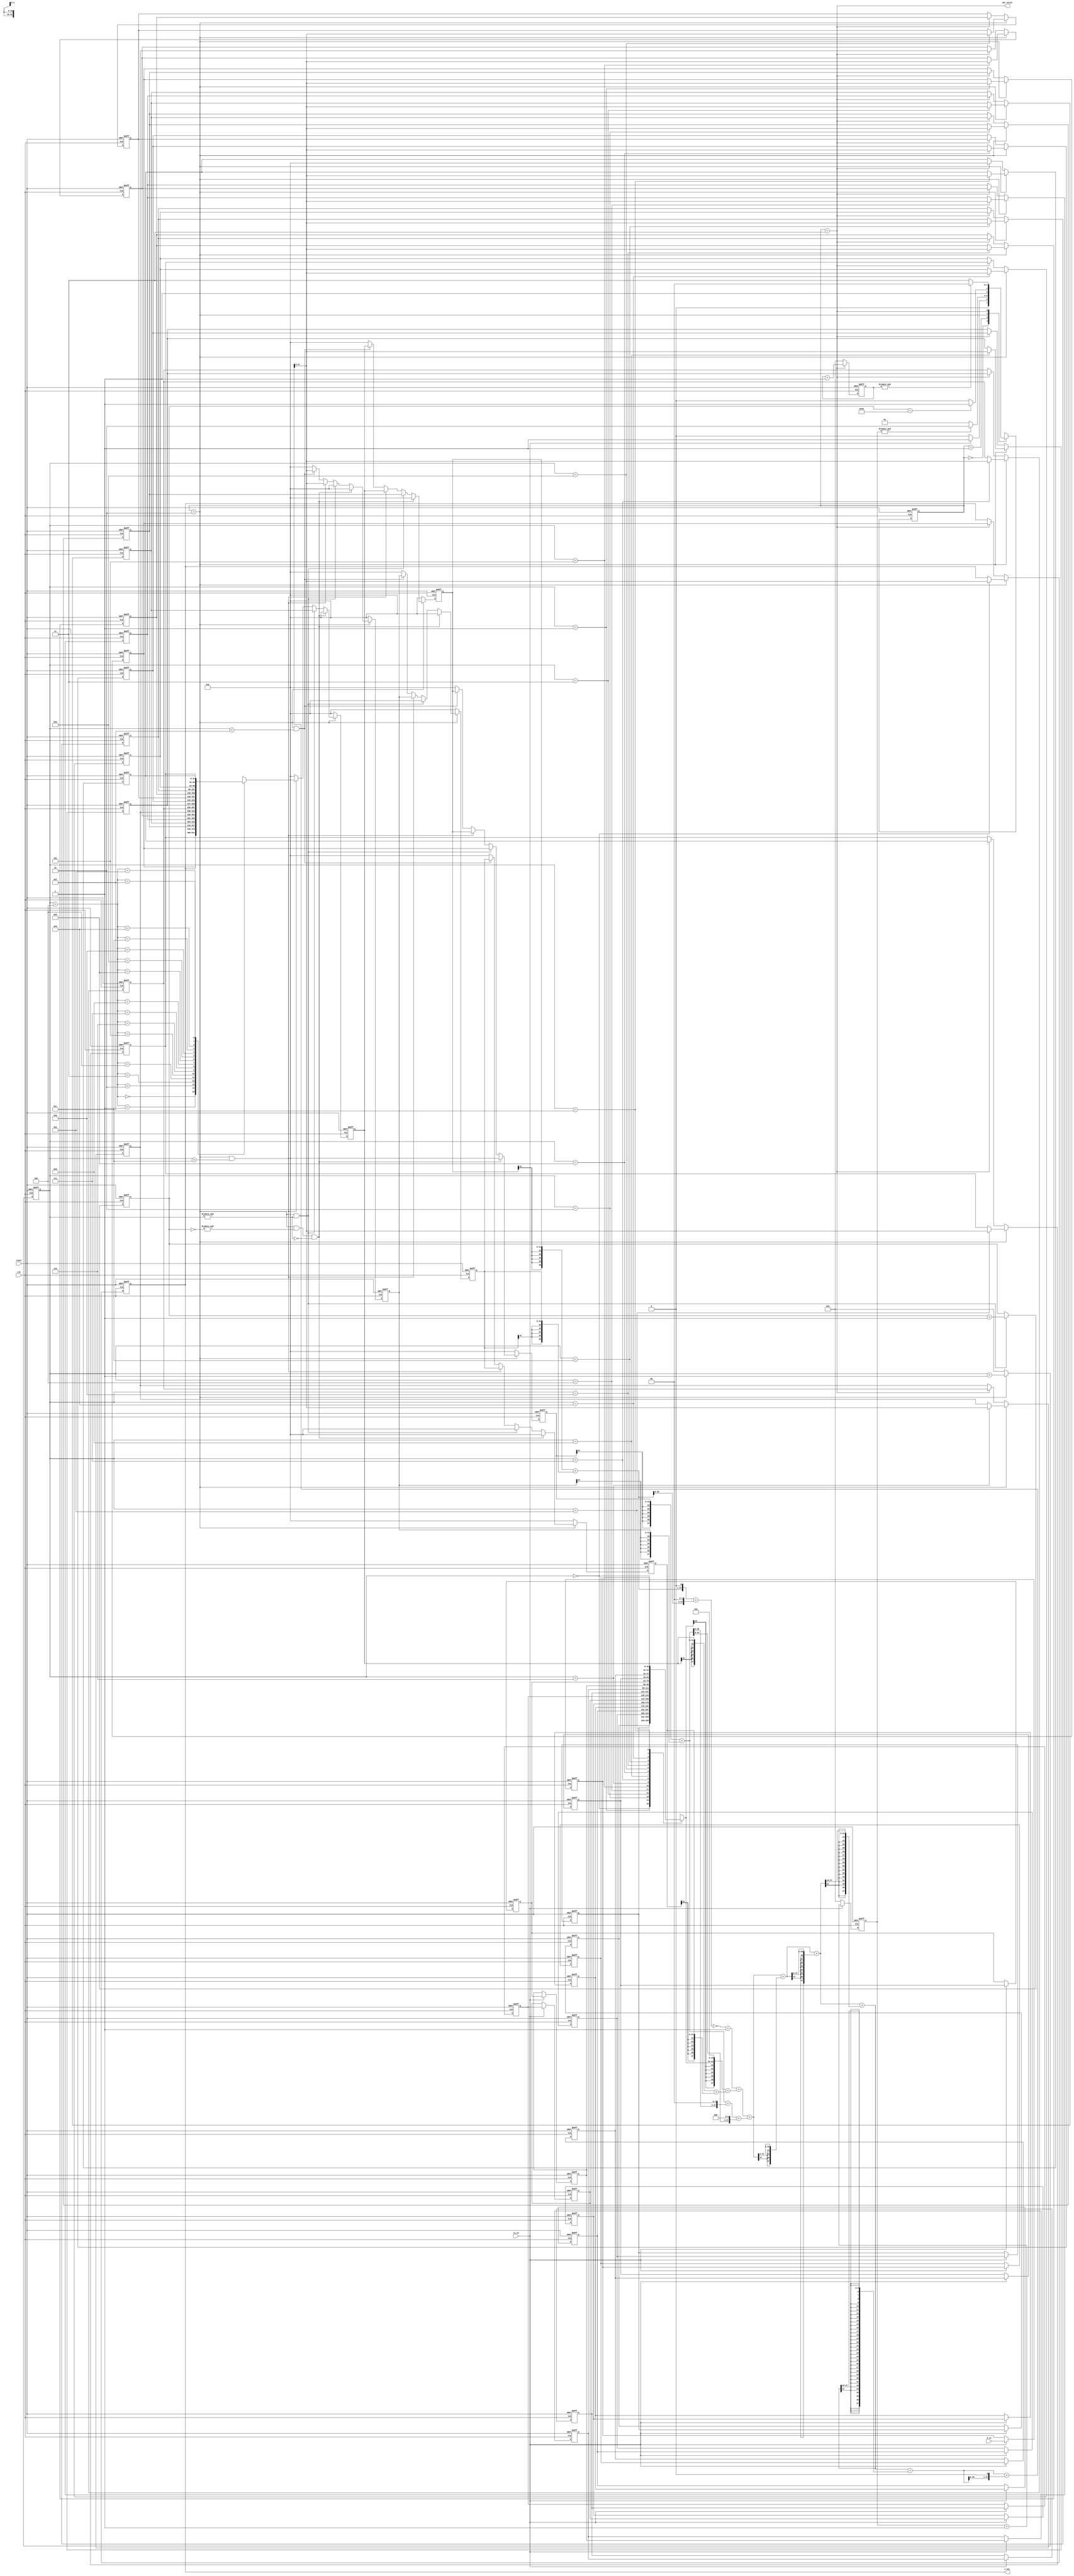
`timescale 1ns/10ps
module GSIM ( clk, reset, in_en, b_in, out_valid, x_out);
    input   clk ;
    input   reset ;
    input   in_en;
    output  out_valid;
    input   [15:0]  b_in;
    output  [31:0]  x_out;
    
    // state parameters
    parameter IDLE = 0;
    parameter GET_B = 1;
    parameter CALC = 2;
    parameter OUT = 3;

    // wires and regs
    reg [1:0] state_r,state_w;
    reg [15:0] matrix_b [0:15];
    reg [15:0] matrix_b_w [0:15];
    reg [31:0] matrix_x[0:15];
    reg [31:0] matrix_x_w[0:15];
    
    reg [3:0] count_CALC_r,count_CALC_w;
    reg [6:0] count_iter_r,count_iter_w;
    reg [3:0] count_OUT_r,count_OUT_w;
    reg [3:0] count_GET_B_r,count_GET_B_w;
    
    reg  check_GETB,check_CALC,check_iter;

    wire [31:0] x_iter [0:5];
    reg [31:0] x0[0:5];
    reg [31:0] x0_w[0:5];
    reg [37:0] temp1[0:2],temp2[0:2],temp3[0:1],temp4,temp5,temp5a,temp5b,temp6,temp6a,temp6b,temp7,temp7a,temp7b,temp8,temp8a,temp8b,temp9,temp9a,temp9b;
    reg [31:0] temp10;

    //state transition
    always@ (*) begin
        case(state_r)
            IDLE: state_w = (in_en) ? GET_B : IDLE;
            GET_B: state_w = (&count_GET_B_r) ? CALC : GET_B;
            CALC: state_w = (count_iter_r==7'd72) ? OUT : CALC;
            OUT:  state_w = (&count_OUT_r) ? IDLE : OUT;
        endcase
    end
    
    //counters
    always@ (*) begin
        check_GETB = (state_r==GET_B);
        check_CALC = (state_r==CALC);

        count_GET_B_w = (in_en) ? (count_GET_B_r+1'b1) : 0;
        count_CALC_w = (check_CALC) ? (count_CALC_r + 1'b1) : 0;
        count_iter_w = (check_CALC && (&count_CALC_r)) ? (count_iter_r + 1'b1) : count_iter_r;
        count_OUT_w = (state_r==OUT) ? (count_OUT_r + 1'b1) : 0;
    end

    //get matrix b
    integer k;
    always@ (*) begin
        if (in_en) begin
            for (k=1; k<16; k=k+1) begin
                matrix_b_w[k-1] = matrix_b[k];
            end
            matrix_b_w[15] = b_in;
        end
        else begin
            for (k=0;k<16;k=k+1) matrix_b_w[k] = matrix_b[k];
        end
    end
    
    reg [31:0] x_temp[0:5];

    always @(*) begin
        if (check_CALC && &(~count_iter_r) && ~(&count_CALC_r)) begin
            x_temp[0] = 0;
            x_temp[1] = 0;
            x_temp[2] = 0;
            x_temp[3] = 0;
            x_temp[4] = 0;
            x_temp[5] = 0;
        end
        else if (check_CALC && (&count_CALC_r)) begin
            x_temp[0] = matrix_x[3];
            x_temp[1] = matrix_x[2];
            x_temp[2] = matrix_x[1];
            x_temp[3] = 0;
            x_temp[4] = 0;
            x_temp[5] = 0;
        end
        else if(check_CALC && count_CALC_r<12) begin
            x_temp[0] = matrix_x[count_CALC_r+4];
            x_temp[1] = x0[0];
            x_temp[2] = x0[1];
            x_temp[3] = temp10;
            x_temp[4] = x0[3];
            x_temp[5] = x0[4];
        end
        else if(check_CALC && count_CALC_r<15) begin
            x_temp[0] = 0;
            x_temp[1] = x0[0];
            x_temp[2] = x0[1];
            x_temp[3] = temp10;
            x_temp[4] = x0[3];
            x_temp[5] = x0[4];
        end
        else begin
            x_temp[0] = 0;
            x_temp[1] = 0;
            x_temp[2] = 0;
            x_temp[3] = 0;
            x_temp[4] = 0;
            x_temp[5] = 0;
        end
    end

    //iteration 
    integer q;
    always@ (*) begin
        if(check_CALC) begin
            x0_w[0] = x_temp[0];
            x0_w[1] = x_temp[1];
            x0_w[2] = x_temp[2];
            x0_w[3] = x_temp[3];
            x0_w[4] = x_temp[4];
            x0_w[5] = x_temp[5];
        end         
        else begin
            for(q=0;q<6;q=q+1) begin
                x0_w[q] = 0;
            end
        end
    end

    assign x_iter[0] = x0[0];
    assign x_iter[1] = x0[5];
    assign x_iter[2] = x0[1];
    assign x_iter[3] = x0[4];
    assign x_iter[4] = x0[2];
    assign x_iter[5] = x0[3];

    always@ (*) begin
        temp1[0] = ({{6{x_iter[0][31]}},x_iter[0]}) + ({{6{x_iter[1][31]}},x_iter[1]});
        temp1[1] = ({{6{x_iter[2][31]}},x_iter[2]}) + ({{6{x_iter[3][31]}},x_iter[3]});
        temp1[2] = ({{6{x_iter[4][31]}},x_iter[4]}) + ({{6{x_iter[5][31]}},x_iter[5]});
        temp2[0] = (({{6{matrix_b[count_CALC_r][15]}},matrix_b[count_CALC_r],16'b0}) + temp1[0]);
        temp2[1] = (temp1[1]<<1) + (temp1[1]<<2);
        temp2[2] = temp1[2] + (temp1[2]<<2);
        temp3[0] = ~temp2[1] + 1'b1 + temp2[0];
        temp3[1] = temp2[2] + (temp1[2]<<3);
        temp4 = temp3[0] + temp3[1];
        temp5a = temp4;
        temp5b = ($signed(temp4)>>>4);
        temp5 = temp5a + temp5b;
        temp6a = temp5;
        temp6b = ($signed(temp5)>>>8);
        temp6 = temp6a + temp6b;
        temp7a = temp6;
        temp7b = ($signed(temp6)>>>16);
        temp7 = temp7a + temp7b;
        temp8a = temp7;
        temp8b = ($signed(temp7)>>>32);
        temp8 = temp8a + temp8b;
        temp9a = temp8;
        temp9b = temp8 << 1;
        temp9 = temp9a + temp9b;
        temp10 = temp9[37:6];
    end

    integer p;
    always@ (*) begin
        if(state_r == CALC) begin
            for (p=0; p<16; p=p+1) begin
                matrix_x_w[p] = (count_CALC_r == p) ? temp10 : matrix_x[p];
            end
        end
        else if(state_r==OUT) begin
            for(p=0;p<15;p=p+1) begin
                matrix_x_w[p] = matrix_x[p+1];
            end
            matrix_x_w[15] = 0;
        end
        else begin
            for(p=0;p<16;p=p+1) begin
                matrix_x_w[p] = matrix_x[p];
            end
        end
    end

    assign x_out = matrix_x[0];
    assign out_valid = (state_r==OUT);

    integer i;
    always@ (posedge clk or posedge reset) begin
        if(reset) begin
            state_r <= IDLE;
            count_CALC_r <= 0;
            count_iter_r <= 0;
            count_OUT_r <= 0;
            count_GET_B_r <= 0;

            for(i=0;i<16;i=i+1) begin
                matrix_x[i] <= 0;
                matrix_b[i] <= 0;
            end

            for(i=0;i<6;i=i+1) begin
                x0[i] <= 0;
            end
        end
        else begin
            state_r <= state_w;
            count_CALC_r <= count_CALC_w;
            count_iter_r <= count_iter_w;
            count_OUT_r <= count_OUT_w;
            count_GET_B_r <= count_GET_B_w;

            for(i=0;i<16;i=i+1) begin
                matrix_x[i] <= matrix_x_w[i];
                matrix_b[i] <= matrix_b_w[i];
            end

            for(i=0;i<6;i=i+1) begin
                x0[i] <= x0_w[i];
            end
        end
    end

endmodule